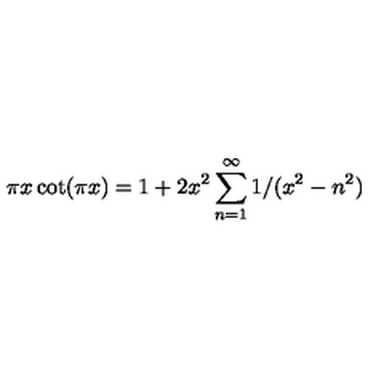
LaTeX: \pi x \cot ( \pi x ) = 1 + 2 x ^ { 2 } \sum _ { n = 1 } ^ { \infty } 1 / ( x ^ { 2 } - n ^ { 2 } )